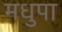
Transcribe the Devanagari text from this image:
मधुपा